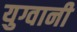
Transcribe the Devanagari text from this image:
युग्वानी